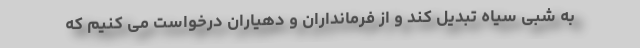
به شبی سیاه تبدیل کند و از فرمانداران و دهیاران درخواست می کنیم که